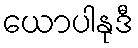
ယောပါနုဒီ